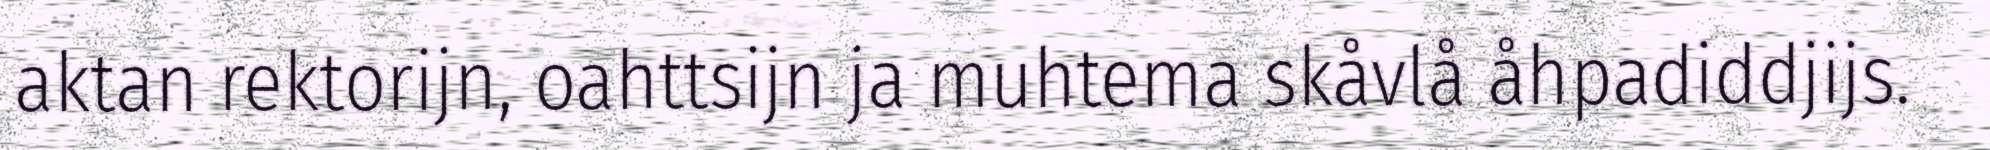
aktan rektorijn, oahttsijn ja muhtema skåvlå åhpadiddjijs.